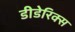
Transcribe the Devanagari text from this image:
डीडेरिक्स